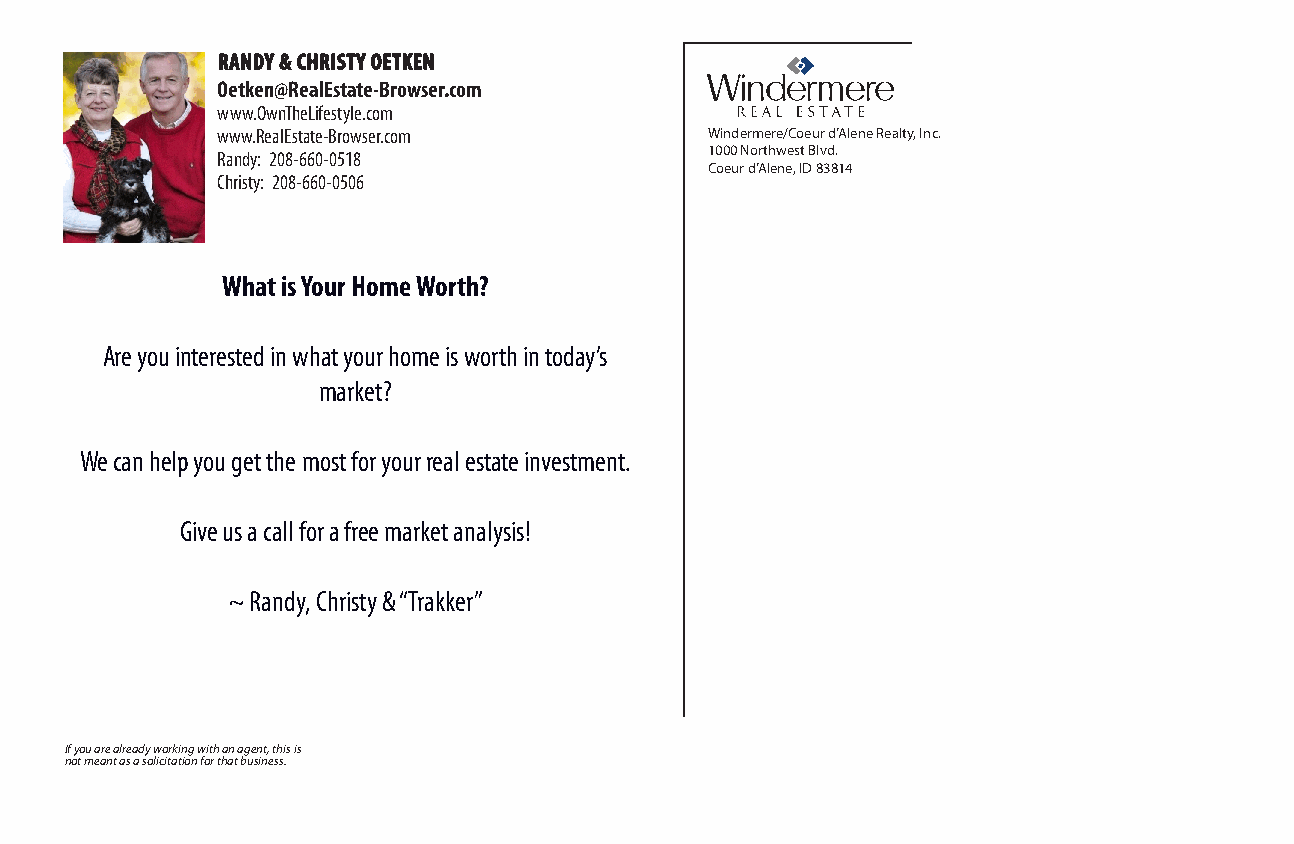
RRAANNDDYY && CCHHRRIISSTTYY OOEETTKKEENN
 Oetken@RealEstate-Browser.com
 www.OwnTheLifestyle.com
 www.RealEstate-Browser.com       Windermere/Coeur d’Alene Realty, Inc.
 Randy: 208-660-0518              1000 Northwest Blvd.
 Coeur d’Alene, ID 83814
 Christy: 208-660-0506
 What is Your Home Worth?
 Are you interested in what your home is worth in today’s
 market?
 We can help you get the most for your real estate investment.
 Give us a call for a free market analysis!
 ~ Randy, Christy & “Trakker”
 If you are already working with an agent, this is
 not meant as a solicitation for that business.